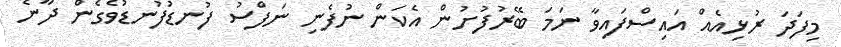
މިފަދަ ރުޅިއެއް އައިސްފައިވާ ނަމަ ބޭރުފުށުން އެކަން ނުފެނި ނަފްސު ފުނޑުފުނޑުވެގެން ދާނެ